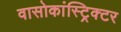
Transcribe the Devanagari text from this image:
वासोकांस्ट्रिक्टर